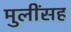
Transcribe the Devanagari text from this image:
मुलींसह